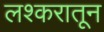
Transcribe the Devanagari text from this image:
लश्करातून